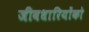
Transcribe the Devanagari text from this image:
जीवधारियोंको